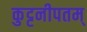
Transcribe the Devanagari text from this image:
कुट्टनीपतम्